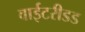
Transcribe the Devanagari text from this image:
वाईटरीडड